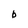
Character: b